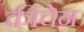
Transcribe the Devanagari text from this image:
कीचेन